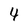
Character: 4